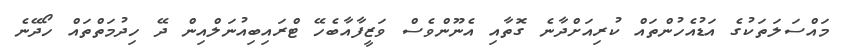
މައްސަލަތަކުގެ އަޑުއެހުންތައް ކުރިއަށްދާނެ ގޮތާއި އެނޫންވެސް ވަޒީފާއާބެހޭ ޓްރައިބިއުނަލްއިން ދޭ ހިދުމަތްތައް ހޯދޭނެ